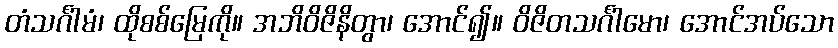
တံသင်္ဂါမံ၊ ထိုစစ်မြေကို။ အဘိဝိဇိနိတွာ၊ အောင်၍။ ဝိဇိတသင်္ဂါမော၊ အောင်အပ်သော